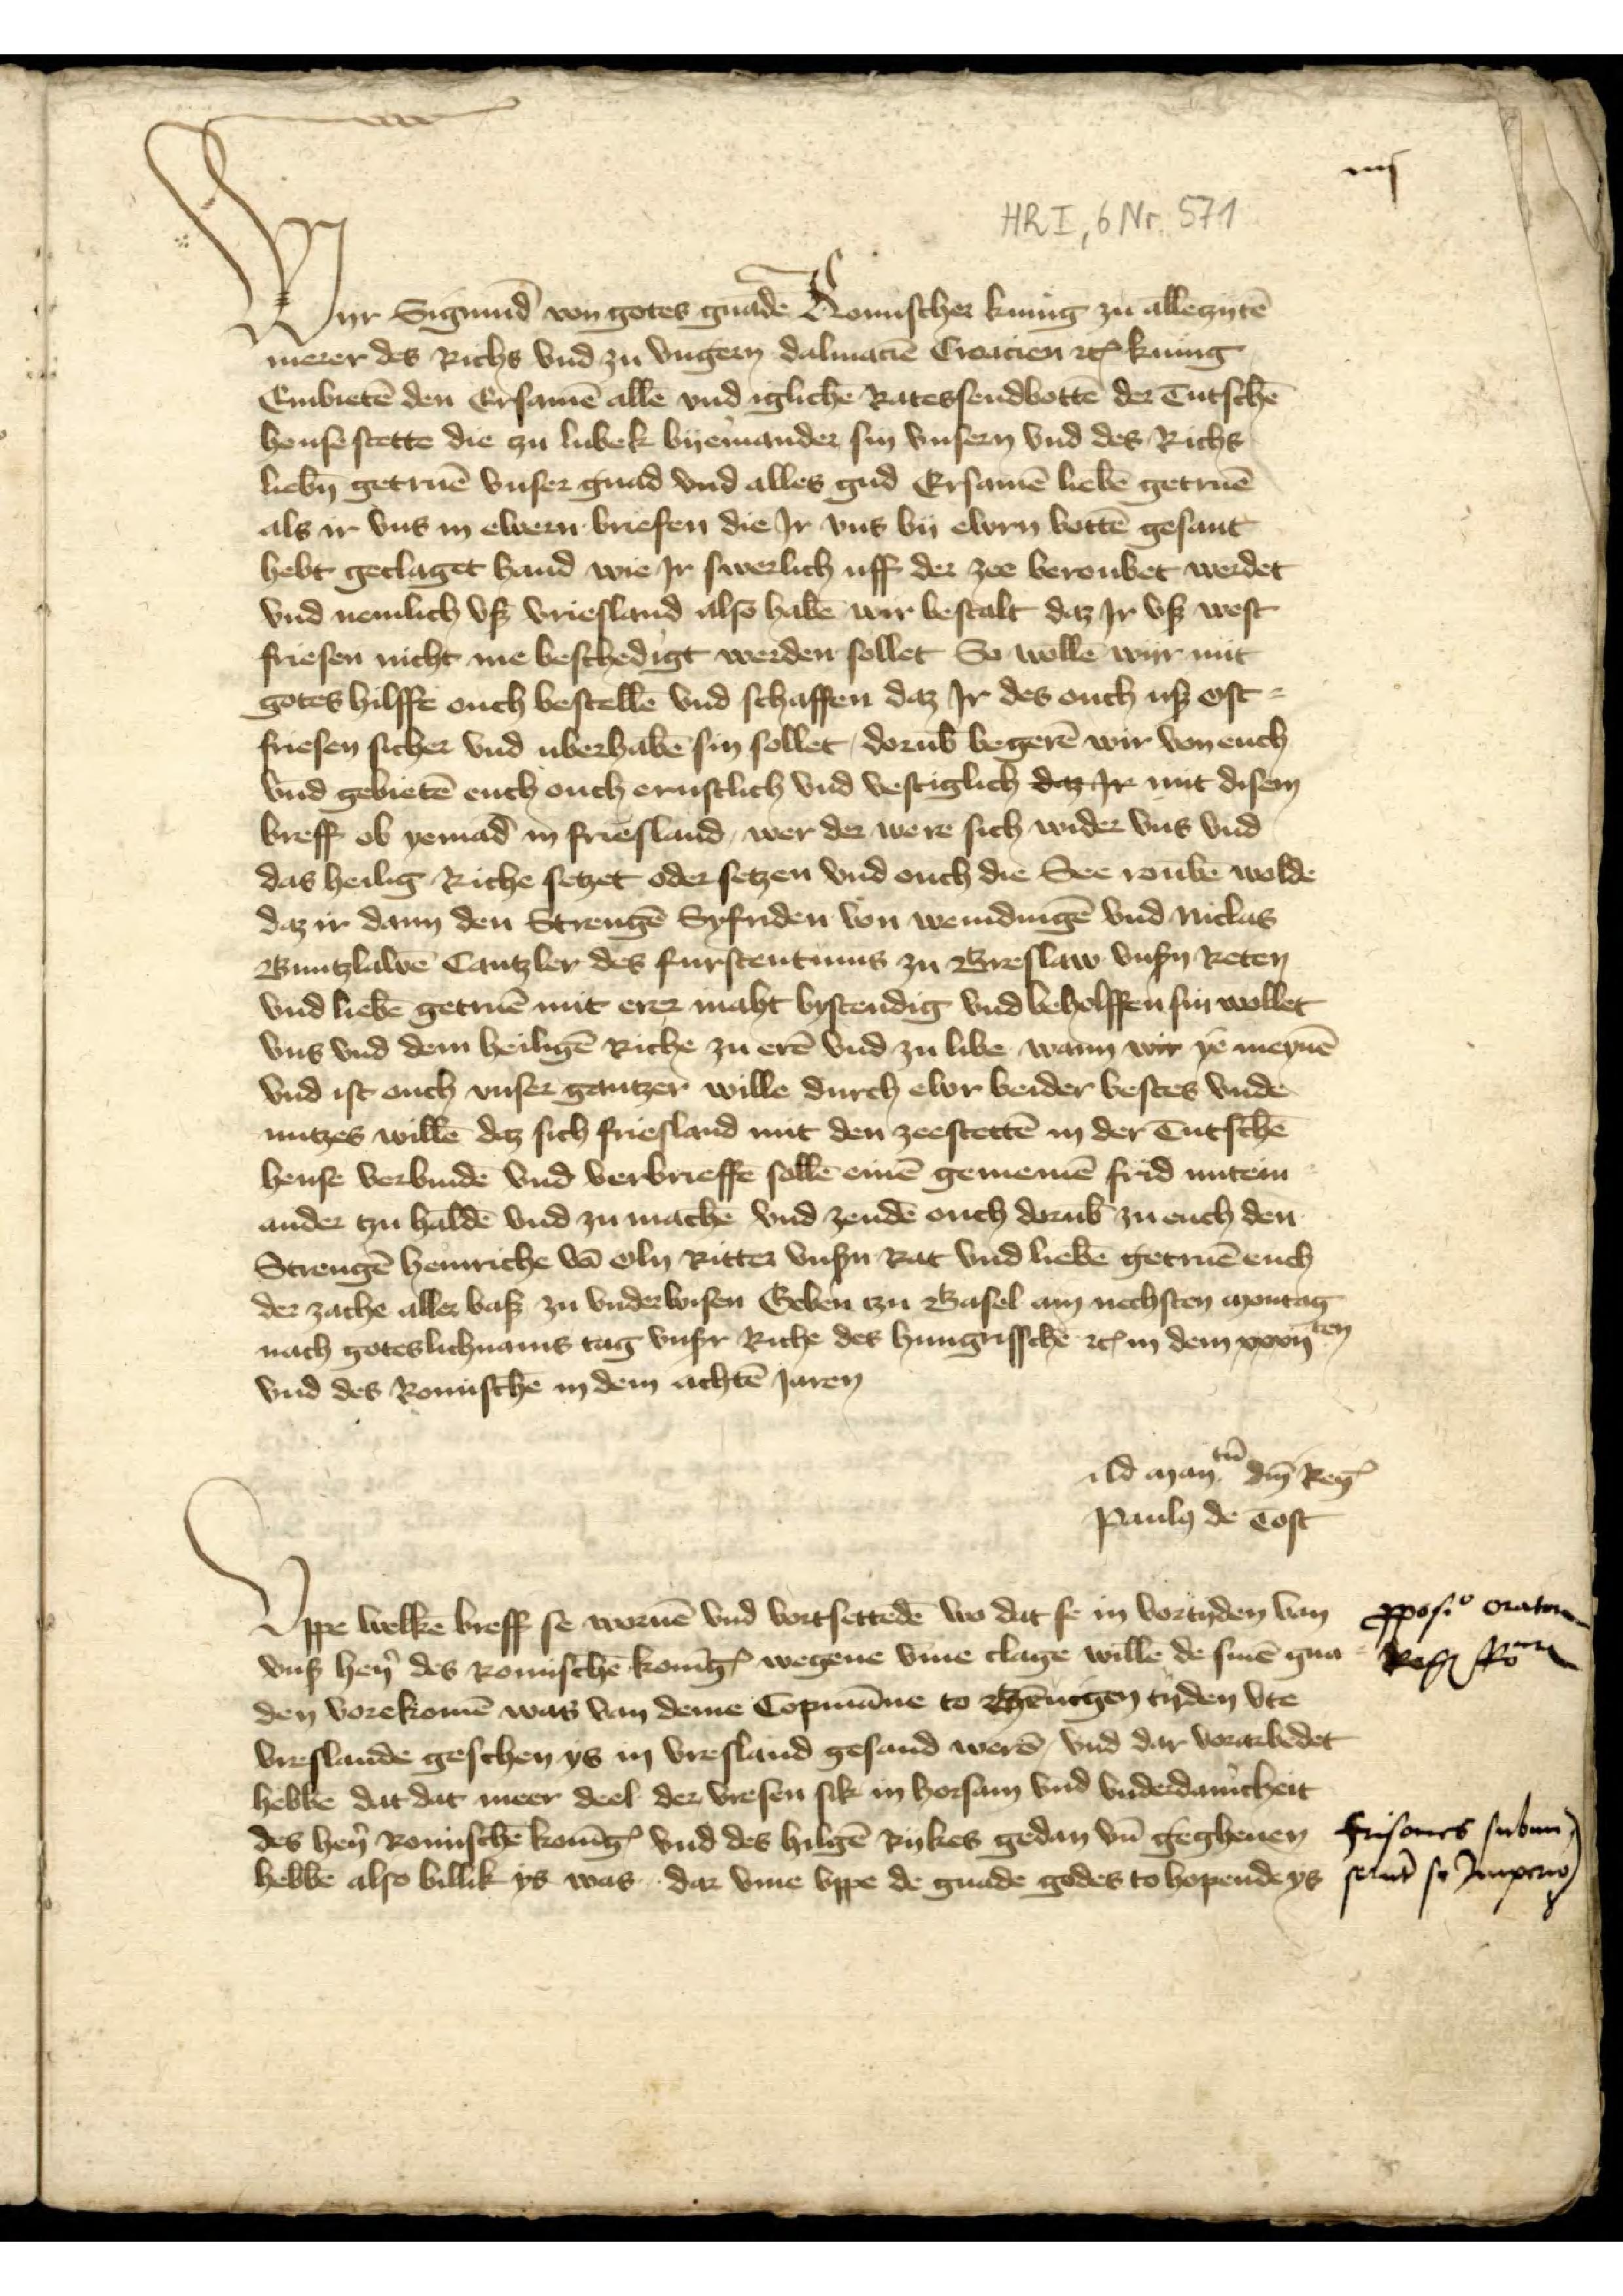
Wyr Sigmund von gotes gnade Romischer Kunig zu allēzytē
merer des Richs vnd zu Vngern, Dalmaciē Croatien etꝬ Kunig
Embietē den Ersamē alle vnd igliche Ratessendbottē der Tutschē
hense stette die zu Lubek byemander syn vnsern vnd des Richs
lieb̄n getruē vnser gnad vnd alles gud Ersamē liebē getruē
als ir nv in ewern briefen die Jr vns by ewen bottē gesant
hebt geclaget hand wie Jr swerlich uff der zee beroubet werdet
vnd nemlich vß Vriesland also habē wir bestalt daz Jr vß West¬
friesen nicht me beschedigt werden sollet So wollē wir mit
gotes hilffe euch bestellē vnd schaffen daz Jr des ouch uß Ost¬
friesen sicher vnd uberhabē sin sollet, dorub begerē wir von euch
vnd gebietē euch ouch ernstlich vnd vestiglich daz ir mit disen
breff ob yemād in Fresland wer der were sich wider vns vnd
das heilig Riche setzet oder setzen vnd ouch die See roubē wolde
daz ir dann den Strengē Syfriden von Wemduigē vnd Niclas
Buntzlawē Cantzler des furstentums zu Breslaw vnßn Reten
vnd liebē getruē mit erez macht bystendig vnd beholffen sin wollet
vns vnd dem heiligē Riche zu erē vnd zu libe wann wir yē meynē
vnd ist ouch vnser gantzer wille durch ewr beider bestes vnde
nutzes willē daz sich Friesland mit den zeestettē in der Tutschē
hense verbundē vnd verbrieffē sollē einē gemenē frid untem
ander tzu haldē vnd zu machē vnd zendē ouch darub̄ zu euch den
Strengē Henriche vā Oln Ritter vnßn Rat vnd liebē getruē euch
der zache aller baß zu vnderwisen Geben izu Basel am nechsten montag
nach goteslichnams tag vnser Riche des hungrisschen etꝬ in dem xxxijten
vnd des Romischē in dem achtē Jaren

Ad manten den ReyꝬ
paulo̧ de ēost

Vppe welkē breff se wornē vnd vorsteddē wo dat se in vortyden van
vnß hẻn des Romischē KonīgꝬ wegene v̄me clage willē de sinē gna¬
den vorekomē was van deme Copmāne to Gēnigen tyden vte
Vreslande geschen ys in Vresland gesand werē vnd dar vorarbedet
hebbē dit dat meer deel der Vresen sik in horsam vnd vnderdanicheit
des hẻn Romischē KonīgꝬ vnd des hiligē Rykes gedan vn̄ gegheuen
hebbē also billik ys was dar vme vppe de gnade godes to hopende ys

ppofio oratorum
 Reg Rom

Frisoures subum
sut̄ so Impraro